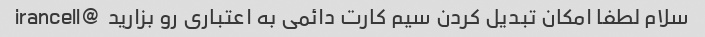
سلام لطفا امکان تبدیل کردن سیم کارت دائمی به اعتباری رو بزارید  @irancell